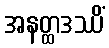
အနတ္ထဒဿိံ